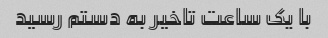
با یک ساعت تاخیر به دستم رسید